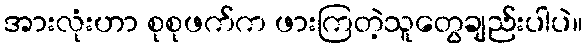
အားလုံးဟာ စုစုဖက်က ဖားကြတဲ့သူတွေချည်းပါပဲ။